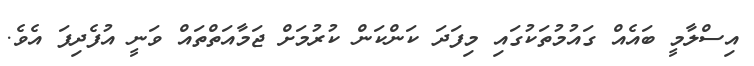
އިސްލާމީ ބައެއް ގައުމުތަކުގައި މިފަދަ ކަންކަން ކުރުމަށް ޖަމާއަތްތައް ވަނީ އުފެދިފަ އެވެ.